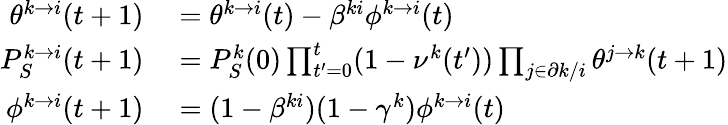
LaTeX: \begin{array}{rl}{\theta^{k\to i}(t+1)}&{{}=\theta^{k\to i}(t)-\beta^{ki}\phi^{k\to i}(t)}\\ {P_{S}^{k\to i}(t+1)}&{{}=P_{S}^{k}(0)\prod_{t^{\prime}=0}^{t}(1-\nu^{k}(t^{\prime}))\prod_{j\in\partial k/i}\theta^{j\to k}(t+1)}\\ {\phi^{k\to i}(t+1)}&{{}=(1-\beta^{ki})(1-\gamma^{k})\phi^{k\to i}(t)}\end{array}